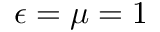
\epsilon = \mu = 1